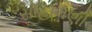
સોહામણો